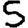
Digit: 5